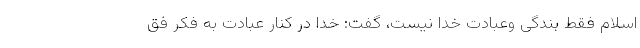
اسلام فقط بندگی وعبادت خدا نیست، گفت: خدا در کنار عبادت به فکر فق